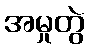
အမှုတွဲ